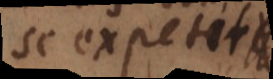
se expetit.